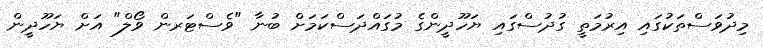
މިދުވަސްތަކުގައި އިރުމަތީ ގުދުސްގައި ޔަހޫދީންގެ މުގައްދަސްކަމަށް ބުނާ "ވެސްޓަރން ވޯލް" އަށް ޔަހޫދީން